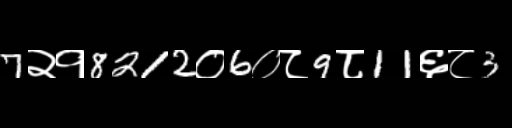
Text: 7२१8212०6०८9८11६८3